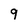
Character: 9